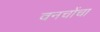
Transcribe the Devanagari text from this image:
वनचोंचा